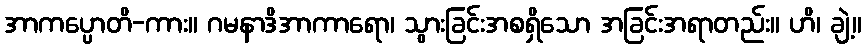
အာကပ္ပောတိ-ကား။ ဂမနာဒိအာကာရော၊ သွားခြင်းအစရှိသော အခြင်းအရာတည်း။ ဟိ၊ ချဲ့။